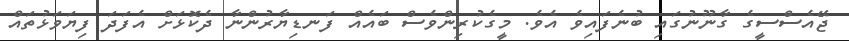
ޖޭއެސްސީގެ ގާނޫނުގައި ބުނެފައިވެ އެވެ. މީގެކުރިންވެސް ބައެއް ފަނޑިޔާރުންނާ ދެކޮޅަށް އެފަދަ ފިޔަވަޅުތައް